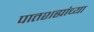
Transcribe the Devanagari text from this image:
पातशह्यांच्या